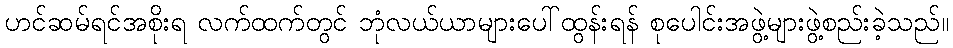
ဟင်ဆမ်ရင်အစိုးရ လက်ထက်တွင် ဘုံလယ်ယာများပေါ်ထွန်းရန် စုပေါင်းအဖွဲ့များဖွဲ့စည်းခဲ့သည်။